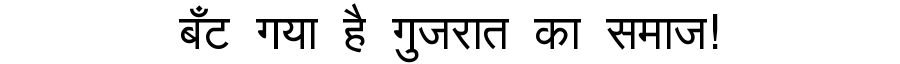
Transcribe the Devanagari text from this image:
बँट गया है गुजरात का समाज!